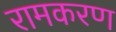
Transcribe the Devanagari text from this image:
रामकरण